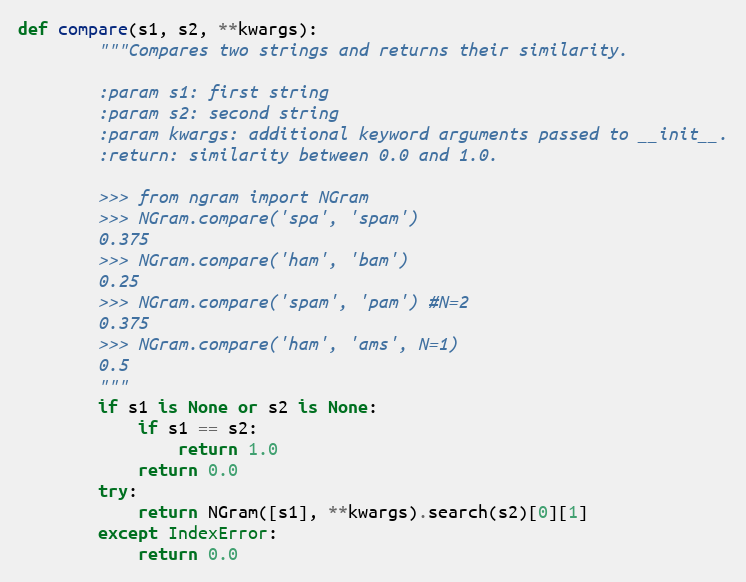
Language: Python
def compare(s1, s2, **kwargs):
        """Compares two strings and returns their similarity.

        :param s1: first string
        :param s2: second string
        :param kwargs: additional keyword arguments passed to __init__.
        :return: similarity between 0.0 and 1.0.

        >>> from ngram import NGram
        >>> NGram.compare('spa', 'spam')
        0.375
        >>> NGram.compare('ham', 'bam')
        0.25
        >>> NGram.compare('spam', 'pam') #N=2
        0.375
        >>> NGram.compare('ham', 'ams', N=1)
        0.5
        """
        if s1 is None or s2 is None:
            if s1 == s2:
                return 1.0
            return 0.0
        try:
            return NGram([s1], **kwargs).search(s2)[0][1]
        except IndexError:
            return 0.0